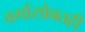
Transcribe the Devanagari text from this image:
वर्गासोबतही